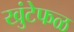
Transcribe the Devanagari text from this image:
खुंटेफळ